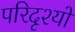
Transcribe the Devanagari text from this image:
परिदृश्‍यों